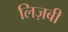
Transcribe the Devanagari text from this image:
लिज़बी